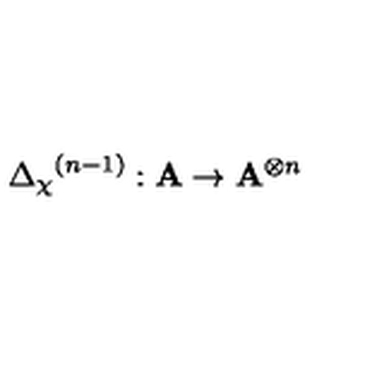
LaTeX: { { \Delta } _ { \chi } } ^ { ( n - 1 ) } : \mathbf { A } \rightarrow { \mathbf { A } } ^ { \otimes n }